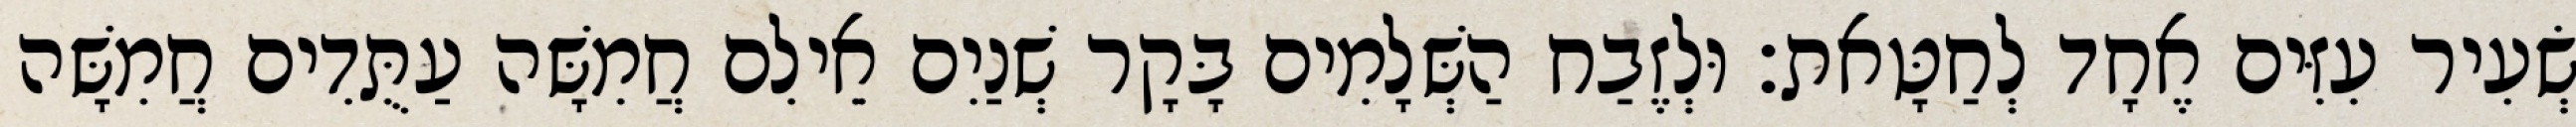
שְׂעִיר עִזִּים אֶחָד לְחַטָּאת׃ וּלְזֶבַח הַשְּׁלָמִים בָּקָר שְׁנַיִם אֵילִם חֲמִשָּׁה עַתֻּדִים חֲמִשָּׁה